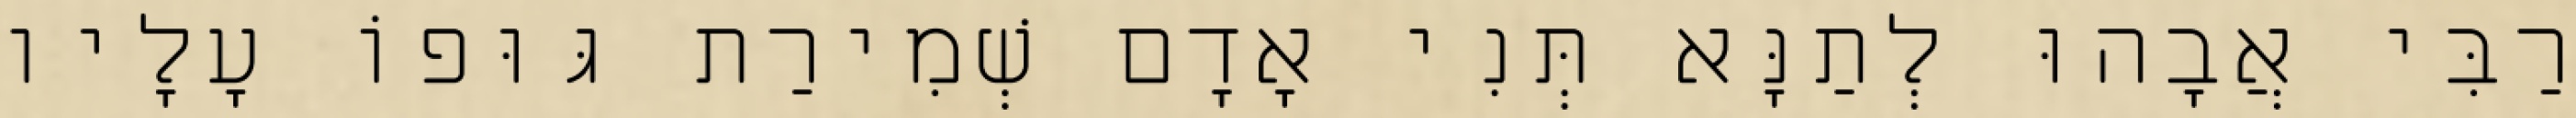
רַבִּי אֲבָהוּ לְתַנָּא תְּנִי אָדָם שְׁמִירַת גּוּפוֹ עָלָיו